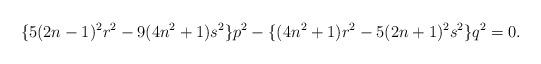
LaTeX: \begin{align*}\{5(2n-1)^2r^2-9(4n^2+1)s^2\}p^2-\{(4n^2+1)r^2-5(2n+1)^2s^2\}q^2=0. \end{align*}